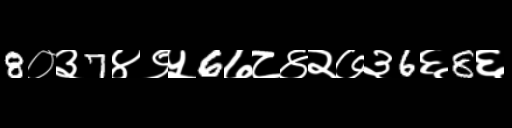
Text: 8०३7४९५6७८४२७३6६8६